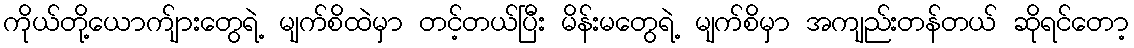
ကိုယ်တို့ယောက်ျားတွေရဲ့ မျက်စိထဲမှာ တင့်တယ်ပြီး မိန်းမတွေရဲ့ မျက်စိမှာ အကျည်းတန်တယ် ဆိုရင်တော့